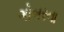
ગોબરના